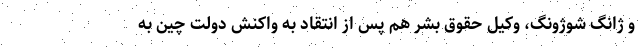
و ژانگ شوژونگ، وکیل حقوق بشر هم پس از انتقاد به واکنش دولت چین به